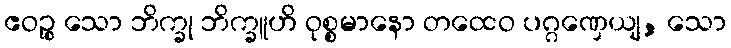
ဧဝဉ္စ သော ဘိက္ခု ဘိက္ခူဟိ ဝုစ္စမာနော တထေဝ ပဂ္ဂဏှေယျ, သော